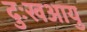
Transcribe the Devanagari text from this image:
दुःखआयु